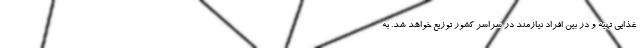
غذایی تهیه و در بین افراد نیازمند در سراسر کشور توزیع خواهد شد. به